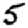
Digit: 5